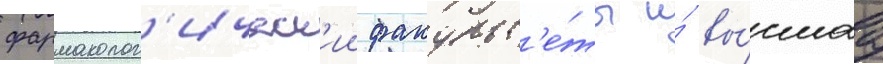
фармаколог'ическ'ии факульт'е́ты и́ вы́сшаа